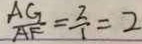
\frac { A G } { A F } = \frac { 2 } { 1 } = 2